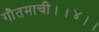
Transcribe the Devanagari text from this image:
गौतमाची।।४।।